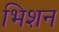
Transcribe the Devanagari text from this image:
भिशन